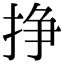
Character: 挣